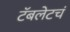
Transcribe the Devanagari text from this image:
टॅबलेटचं